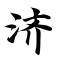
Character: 济